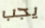
يجب